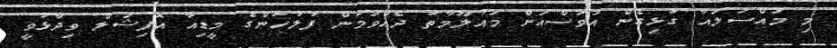
މި މައްސަލައާ ގުޅިގެން އަވަސްއަށް މައުލޫމާތު ދެއްވަމުން ފުލުހުންގެ މީޑިއާ އޮފިޝަލް ވިދާޅުވީ